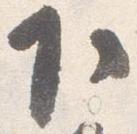
下